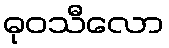
ဓုဝသီလော